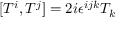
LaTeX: [ T ^ { i } , T ^ { j } ] = 2 i \epsilon ^ { i j k } T _ { k }